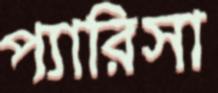
প্যারিসা